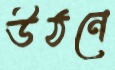
উঠনে